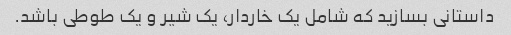
داستانی بسازید که شامل یک خاردار، یک شیر و یک طوطی باشد.